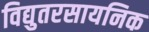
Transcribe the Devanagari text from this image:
विद्युतरसायनिक